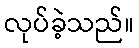
လုပ်ခဲ့သည်။